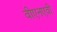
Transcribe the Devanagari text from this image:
वीएनएवी